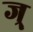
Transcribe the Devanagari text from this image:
ज्र्